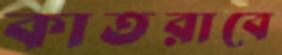
কাতরাবে